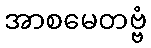
အာစမေတဗ္ဗံ